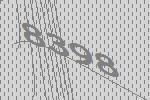
8398